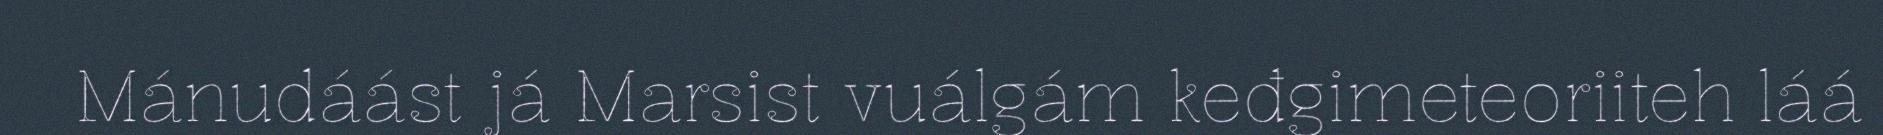
Mánudáást já Marsist vuálgám keđgimeteoriiteh láá